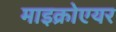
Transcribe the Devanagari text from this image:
माइक्रोएयर